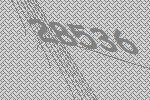
28536